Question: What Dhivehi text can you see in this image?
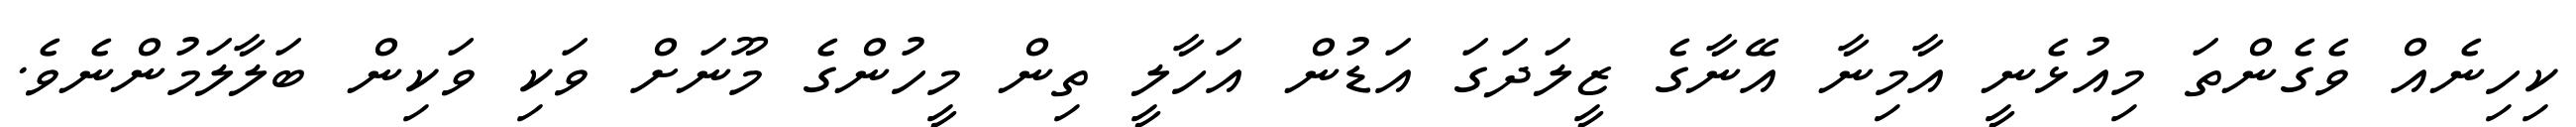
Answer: ކިހިނެއް ވެގެންތަ މިއުޅެނީ އާމިނާ އޭނާގެ ޒީލަދަގަ އަޑުން އަހާލީ ތިން މީހުންގެ މޫނަށް ވަކި ވަކިން ބަލާލަމުންނެވެ.